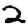
Digit: 2